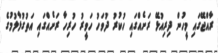
ރާއްޖޭގައި މީހުން ދިރިއުޅޭ ރަށެއްގައި ހުކުރު ދުވަހު ހަވީރު ހުރިހާ ރަށެއްގައި އަތުގުޅާލުމުގެ